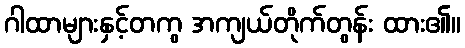
ဂါထာများနှင့်တကွ အကျယ်တိုက်တွန်း ထား၏။